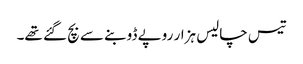
تیس چالیس ہزار روپے ڈوبنے سے بچ گئے تھے۔